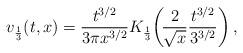
LaTeX: \begin{align*}v_{\frac{1}{3}}(t, x) = \frac{t^{3/2}}{3\pi x^{3/2}} K_{\frac{1}{3}}\!\left(\!\frac{2}{\sqrt{x}}\frac{t^{3/2}}{3^{3/2}}\right), \end{align*}